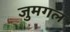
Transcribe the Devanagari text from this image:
जुमगल